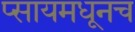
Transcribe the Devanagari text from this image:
प्सायमधूनच